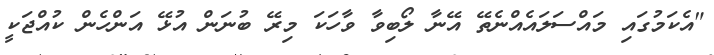
"އެކަމުގައި މައްސަލައެއްނެތޭ އޭނާ ލޯބިވާ ވާހަކަ މިރޭ ބުނަން އުޅޭ އަންހެން ކުއްޖަކީ